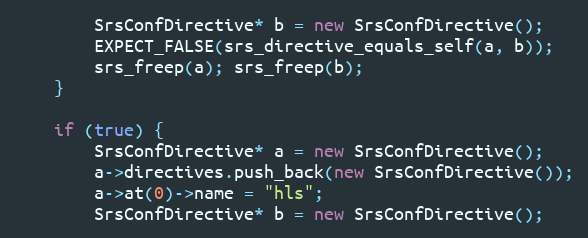
Language: C++
        SrsConfDirective* b = new SrsConfDirective();
        EXPECT_FALSE(srs_directive_equals_self(a, b));
        srs_freep(a); srs_freep(b);
    }

    if (true) {
        SrsConfDirective* a = new SrsConfDirective();
        a->directives.push_back(new SrsConfDirective());
        a->at(0)->name = "hls";
        SrsConfDirective* b = new SrsConfDirective();